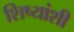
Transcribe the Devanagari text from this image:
शिष्यांशी